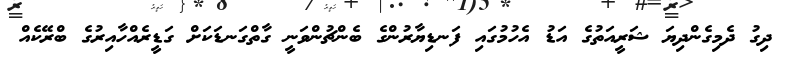
ދިގު ދެމިގެންދިޔަ ޝަރީއަތުގެ އަޑު އެހުމުގައި ފަނޑިޔާރުންގެ ބެންޗުންވަނީ ގާތްގަނޑަކަށް ގަޑީރެއްހާއިރުގެ ބްރޭކެއް